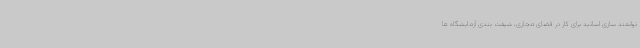
توانمند سازی اساتید برای کار در فضای مجازی، شیفت بندی آزمایشگاه ها